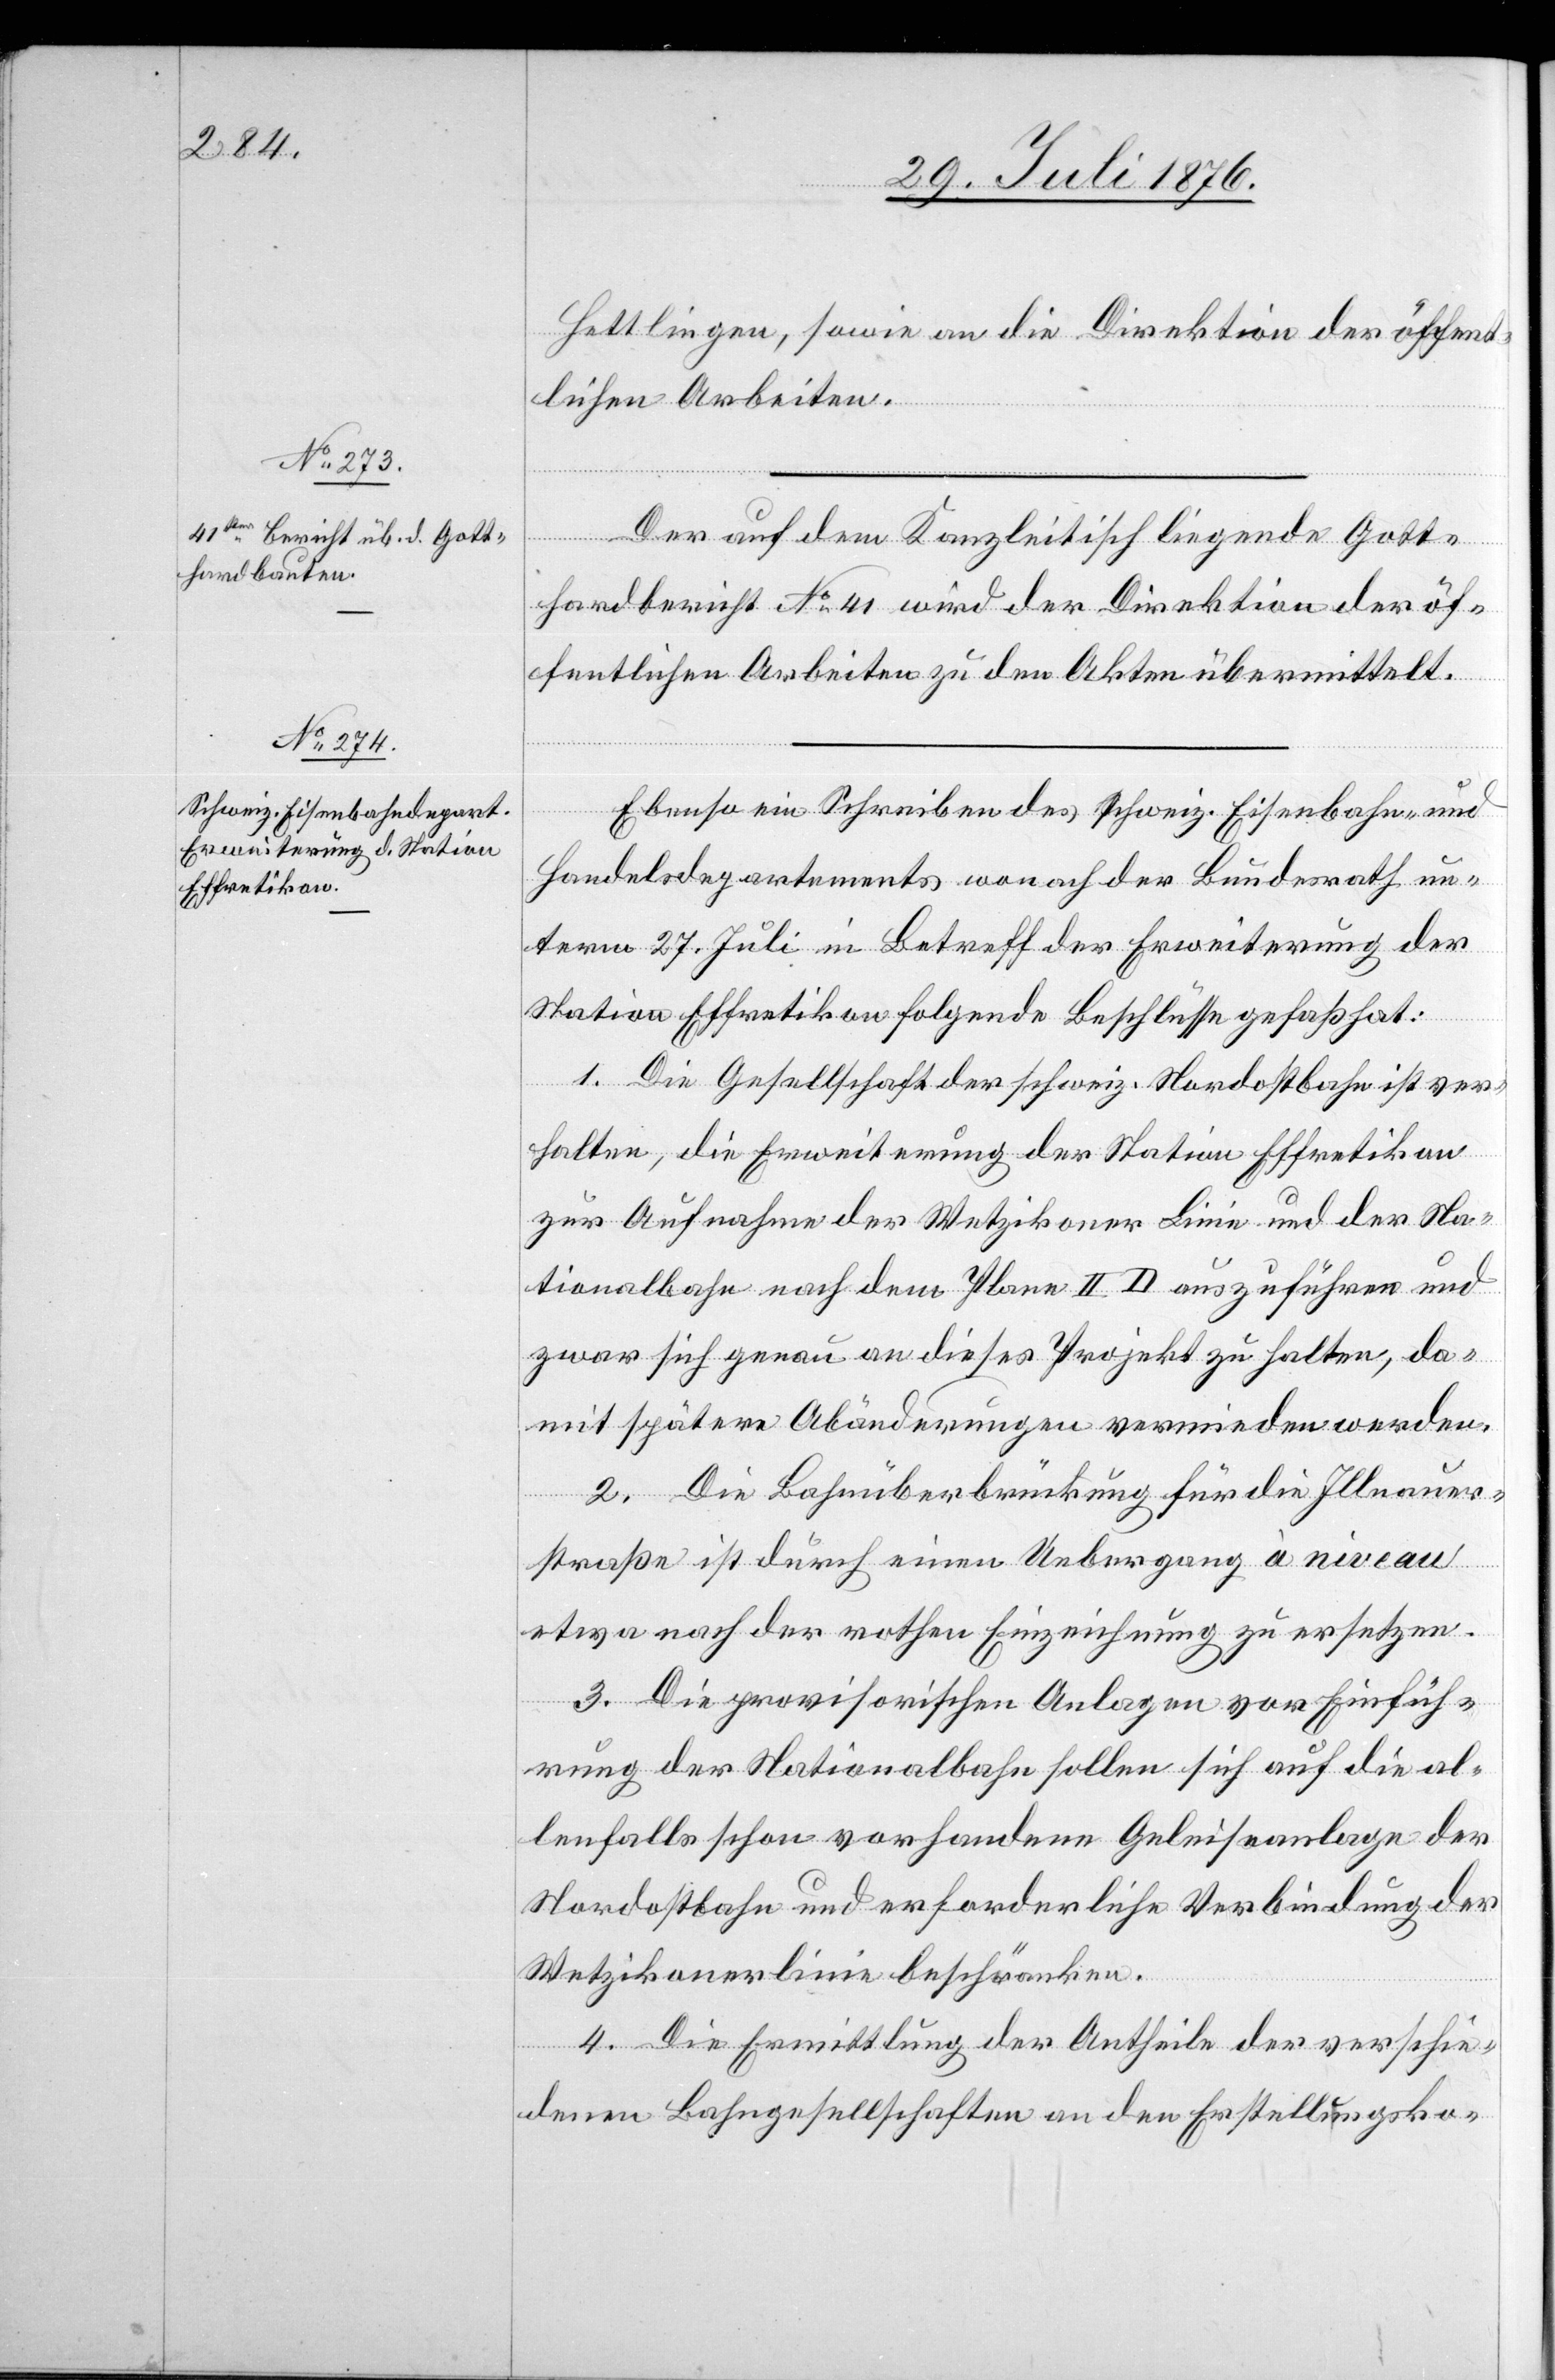
Hettlingen, sowie an die Direktion der öffent¬
lichen Arbeiten.
Der auf dem Kanzleitisch liegende Gott¬
hardbericht No 41 wird der Direktion der öf¬
fentlichen Arbeiten zu den Akten übermittelt.
Ebenso ein Schreiben des schweiz. Eisenbahn- und
Handelsdepartement wonach der Bundesrath un¬
term 27. Juli in Betreffe der Erweiterung der
Station Effretikon folgende Beschlüsse gefaßt hat:
1. Die Gesellschaft der schweiz. Nordostbahn ist ver¬
halten, die Erweiterung der Station Effretikon
zur Aufnahme der Wetzikoner Linie und der Na¬
tionalbahn nach dem Plane II D auszuführen und
zwar sich genau an dieses Projekt zu halten, da¬
mit spätere Abänderungen vermieden werden.
2. Die Bahnüberbrückung für die Illnauer¬
straße ist durch einen Uebergang à niveau
etwa nach der rothen Einzeichnung zu ersetzen.
3. Die provisorischen Anlagen vor Einfüh¬
rung der Nationalbahn sollen sich auf die al¬
lenfalls schon vorhandene Geleiseanlage der
Nordostbahn und erforderliche Verbindung der
Wetzikonerlinie beschränken.
4. Die Ermittlung der Antheile der verschie¬
denen Bahngesellschaften an den Erstellungsko-